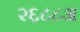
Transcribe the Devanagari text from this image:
२६८८अ